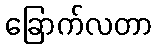
ခြောက်လတာ